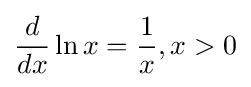
{\dfrac {d}{dx}}\ln x={\dfrac {1}{x}},x>0